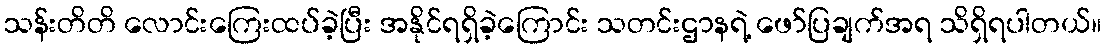
သန်းတိတိ လောင်းကြေးထပ်ခဲ့ပြီး အနိုင်ရရှိခဲ့ကြောင်း သတင်းဌာနရဲ့ ဖော်ပြချက်အရ သိရှိရပါတယ်။